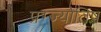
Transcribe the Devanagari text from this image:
प्रग्ज्योतिष